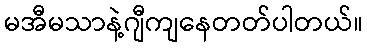
မအီမသာနဲ့ဂျီကျနေတတ်ပါတယ်။